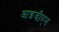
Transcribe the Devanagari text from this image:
आइजीएम